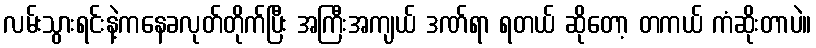
လမ်းသွားရင်းနဲ့ကနေခလုတ်တိုက်ပြီး အကြီးအကျယ် ဒဏ်ရာ ရတယ် ဆိုတော့ တကယ် ကံဆိုးတာပဲ။